Report on vaccination in Madras 1877-1894 - 1877-1894
Year: 1877
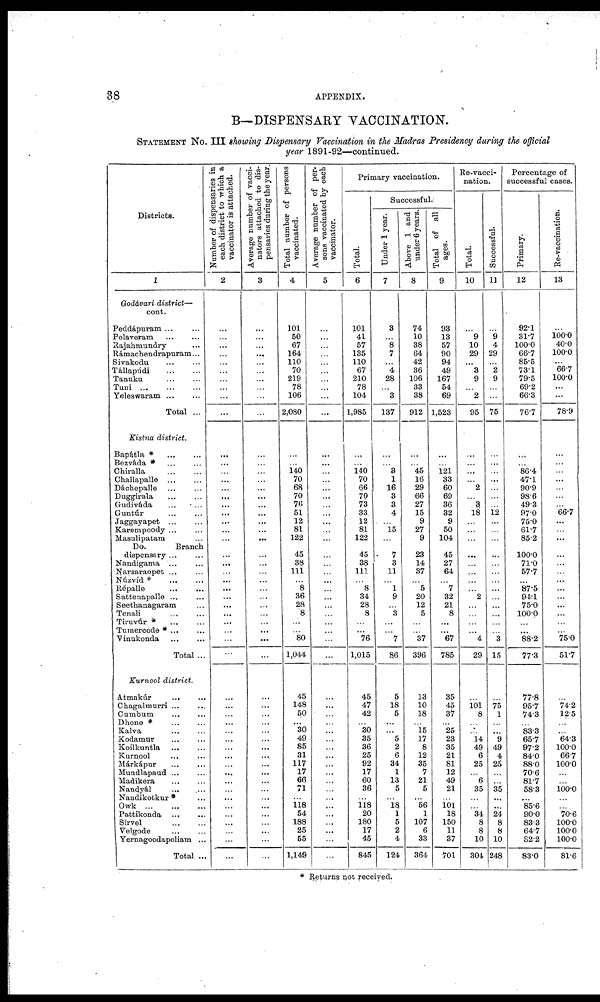
38
APPENDIX.
B—DISPENSARY VACCINATION.
STATEMENT No. III showing Dispensary Vaccination in the Madras Presidency during the official
year 1891-92—continued.
Districts.
1
Godávari district—
cont.
Peddápuram ... ...
Polaveram
...
...
Rajahmundry ...
Rámachendrapuram...
Sivakodu ... ...
Tállapúdi
...
...
Tanuku ... ...
Tuni
...
...
...
Yeleswaram
...
...
Total ...
Kistna district.
Bapátla *
...
...
Bezváda * ... ...
Chiralla ... ...
Challapalle ... ...
Dáchepalle
...
...
Duggirala ... ...
Gudiváda ... ...
Guntúr ... ...
Jaggayapet ... ...
Karempoody ... ...
Masulipatam ...
Do.
Branch
dispensary ... ...
Nandigama ... ...
Narsaraopet ... ...
Núzvíd * ... ...
Répall ... ...
Sattenapalle ... ...
Seethanagaram ...
Tenali
...
...
Tiruvúr * ... ...
Tumercode * ... ...
Vinukonda
...
...
Total ...
Kurnool district.
Atmakúr ... ...
Chagalmurri ... ...
Cumbum ... ...
Dhone *
...
...
Kalva ... ...
Kodamur ... ...
Koilkuntla
...
...
Kurnool ... ...
Márkápur ... ...
Mundlapaud ... ...
Madikera ... ...
Nandyál ... ...
Nandikotkur* ...
Owk
...
...
...
Pattikonda
...
...
Sirvel
...
...
Velgode ... ...
Yernagoodapoliam ...
Total ...
Number of dispensaries in
each district to which a
vaccinator is attached.
2
...
...
...
...
...
...
...
...
...
...
...
...
...
...
...
...
...
...
...
...
...
...
...
...
...
...
...
...
...
...
...
...
...
...
...
...
...
...
...
...
...
...
...
...
...
...
...
...
...
...
...
...
Average number of vacci-
nators attached to dis-
pensaries during the year.
3
...
...
...
...
...
...
...
...
...
...
...
...
...
...
...
...
...
...
...
...
...
...
...
...
...
...
...
...
...
...
...
...
...
...
...
...
...
...
...
...
...
...
...
...
...
...
...
...
...
...
...
...
Total number of persons
vaccinated.
4
101
50
67
164
110
70
219
78
106
2,080
...
...
140
70
68
70
76
51
12
81
122
45
38
111
...
8
36
28
8
...
...
80
1,044
45
148
50
...
30
49
85
31
117
17
66
71
...
118
54
188
25
55
1,149
Average number of per-
sons vaccinated by each
vaccinator.
5
...
...
...
...
...
...
...
...
...
...
...
...
...
...
...
...
...
...
...
...
...
...
...
...
...
...
...
...
...
...
...
...
...
...
...
...
...
...
...
...
...
...
...
...
...
...
...
...
...
...
...
...
Primary vaccination.
Total.
6
101
41
57
135
110
67
210
78
104
1,985
...
...
140
70
66
70
73
33
12
81
122
45
38
111
...
8
34
28
8
...
...
76
1,015
45
47
42
...
30
35
36
25
92
17
60
36
...
118
20
180
17
45
845
Successful.
Under 1 year.
7
3
...
8
7
...
4
28
...
3
137
...
...
3
1
16
3
3
4
...
15
...
7
3
11
...
1
9
...
3
...
...
7
86
5
18
5
...
...
5
2
6
34
1
13
5
...
18
1
5
2
4
124
Above 1 and
under 6 years.
8
74
10
38
64
42
36
106
33
38
912
...
...
45
16
29
66
27
15
9
27
9
23
14
37
...
5
20
12
5
...
...
37
396
13
10
18
...
15 17
8
12
35
7
21
5
...
56
1
107
6
33
364
Total of all
ages.
9
93
13
57
90
94
49
167
54
69
1,523
...
...
121
33
60
69
36
32
9
50
104
45
27
64
...
7
32
21
8
...
...
67
785
35
45
37
...
25
23
35
21
81
12
49
21
...
101
18
150
11
37
701
Re-vacci-
nation.
Total.
10
...
9
10
29
... 3
9
...
2
95
...
...
...
...
2
...
3
18
...
...
...
...
...
...
...
...
2
...
...
...
...
4
29
...
101
8
...
...
14
49
6
25
...
6
35
...
...
34
8
8
10
304
Successful.
11
...
9
4
29
...
2
9
...
...
75
...
...
...
...
...
...
...
12
...
...
...
...
...
...
...
...
...
...
...
...
...
3
15
...
75
1
...
...
9
49
4
25
...
...
35
...
...
24
8
8
10
248
Percentage of
successful cases.
Primary.
12
92.1
31.7
100.0
66.7
85.5
73.1
79.5
69.2
66.3
76.7
...
...
86.4
47.1
90.9
98.6
49.3
97.0
75.0
61.7
85.2
100.0
71.0
57.7
...
87.5
94.1
75.0
100.0
...
...
88.2
77.3
77.8
95.7
74.3
...
83.3
65.7
97.2
84.0
88.0
70.6
81.7
58.3
...
85.6
90.0
83.3
64.7
82.2
83.0
Re-vaccination.
13
...
100.0
40.0
100.0
...
66.7
100.0
...
...
78.9
...
...
...
...
...
...
...
66.7
...
...
...
...
...
...
...
...
...
...
...
...
...
75.0
51.7
...
74.2
12.5
...
...
64.3
100.0
66.7
100.0
...
...
100.0
...
...
70.6
100.0
100.0
100.0
81.6
* Returns not received.